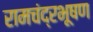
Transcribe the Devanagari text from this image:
रामचंद्रभूषण